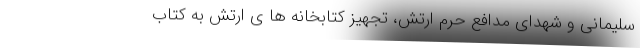
سلیمانی و شهدای مدافع حرم ارتش، تجهیز کتابخانه ها ی ارتش به کتاب